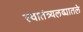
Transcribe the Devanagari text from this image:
स्वातंत्र्यलढ्यातले